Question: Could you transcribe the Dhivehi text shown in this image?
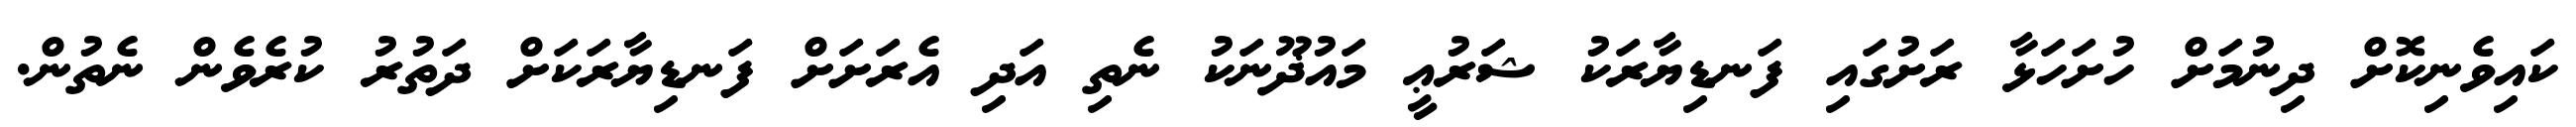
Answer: ކައިވެނިކޮށް ދިނުމަށް ހުށަހަޅާ ރަށުގައި ފަނޑިޔާރަކު ޝަރުޢީ މައުޛޫނަކު ނެތި އަދި އެރަށަށް ފަނޑިޔާރަކަށް ދަތުރު ކުރެވެން ނެތުން.